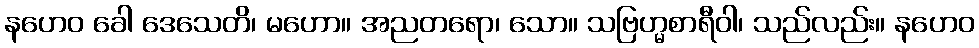
နဟေဝ ခေါ ဒေသေတိ၊ မဟော။ အညတရော၊ သော။ သဗြဟ္မစာရီဝါ၊ သည်လည်း။ နဟေဝ